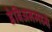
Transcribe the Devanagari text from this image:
डेबिअनमध्ये